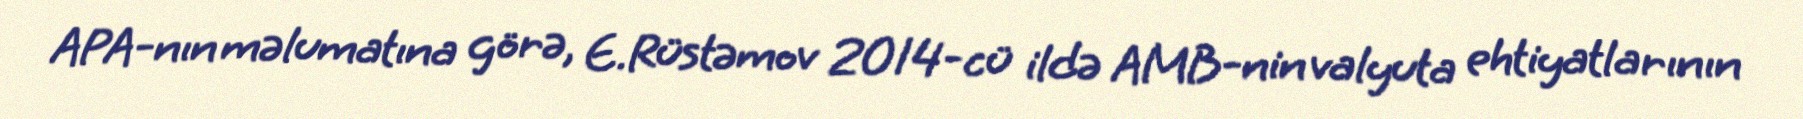
APA-nın məlumatına görə, E.Rüstəmov 2014-cü ildə AMB-nin valyuta ehtiyatlarının